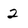
Character: 2